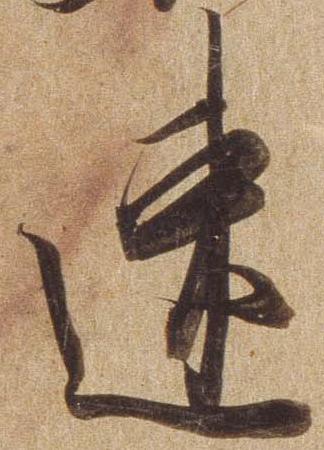
速